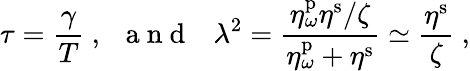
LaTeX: \tau=\frac{\gamma}{T}\ ,\ \ \mathrm{~a~n~d~}\ \ \ \lambda^{2}=\frac{\eta_{\omega}^{\mathrm{p}}\eta^{\mathrm{s}}/\zeta}{\eta_{\omega}^{\mathrm{p}}+\eta^{\mathrm{s}}}\simeq\frac{\eta^{\mathrm{s}}}{\zeta}\ ,